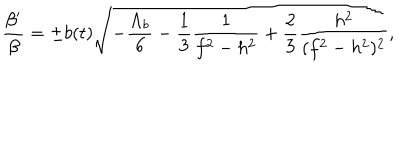
\frac { \beta ^ { \prime } } { \beta } = \pm b ( t ) \sqrt { - \frac { \Lambda _ { b } } { 6 } - \frac { 1 } { 3 } \frac { 1 } { f ^ { 2 } - h ^ { 2 } } + \frac { 2 } { 3 } \frac { h ^ { 2 } } { ( f ^ { 2 } - h ^ { 2 } ) ^ { 2 } } } ,